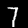
Digit: 7